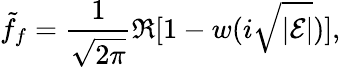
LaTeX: \tilde{f}_{f}={\frac{1}{\sqrt{2\pi}}}\Re[1-w(i\sqrt{|{\cal E}|})],